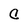
Character: C